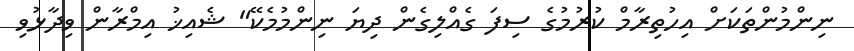
ނިންމުންތަކަށް އިހުތިރާމް ކުރުމުގެ ސިފަ ގެއްލިގެން ދިޔަ ނިންމުމެކޭ" ޝެއިޚު އިމްރާން ވިދާޅުވި